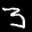
Label: 3